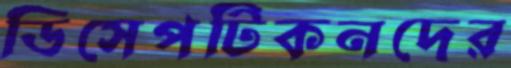
ডিসেপটিকনদের